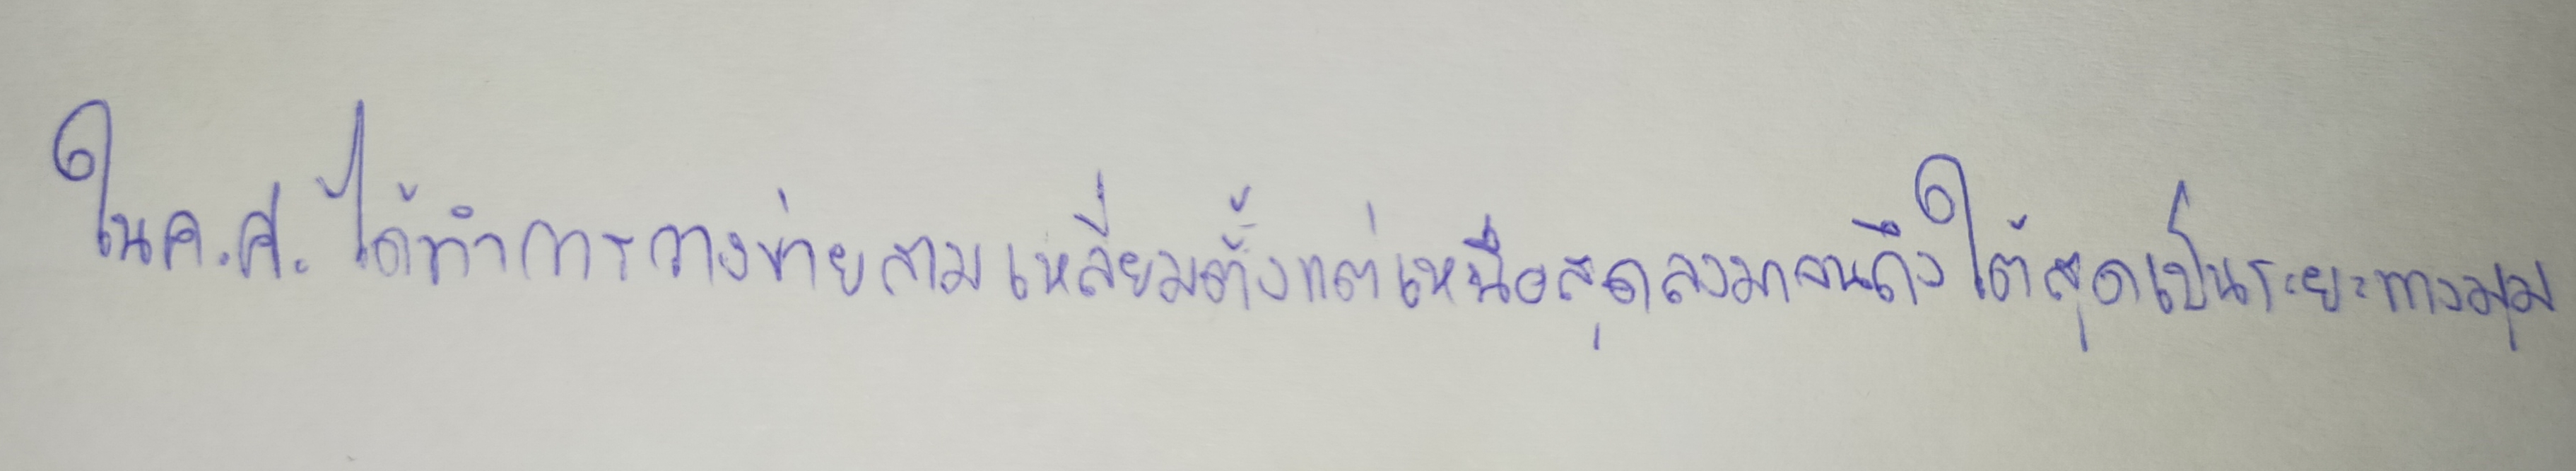
ในค.ศ.ได้ทำการวางข่ายสามเหลี่ยมตั้งแต่เหนือสุดลงมาจนถึงใต้สุดเป็นระยะทางมุม